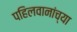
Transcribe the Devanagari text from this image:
पहिलवानांच्या